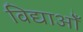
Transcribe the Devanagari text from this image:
विद्याओँ